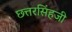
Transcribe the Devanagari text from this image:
छत्तरसिंहजी